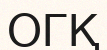
ОГҚ